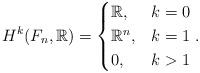
LaTeX: \begin{align*}H^k(F_n,\mathbb{R})=\begin{cases}\mathbb{R},& k=0\\\mathbb{R}^n,& k=1\\0,& k>1\\\end{cases}.\end{align*}